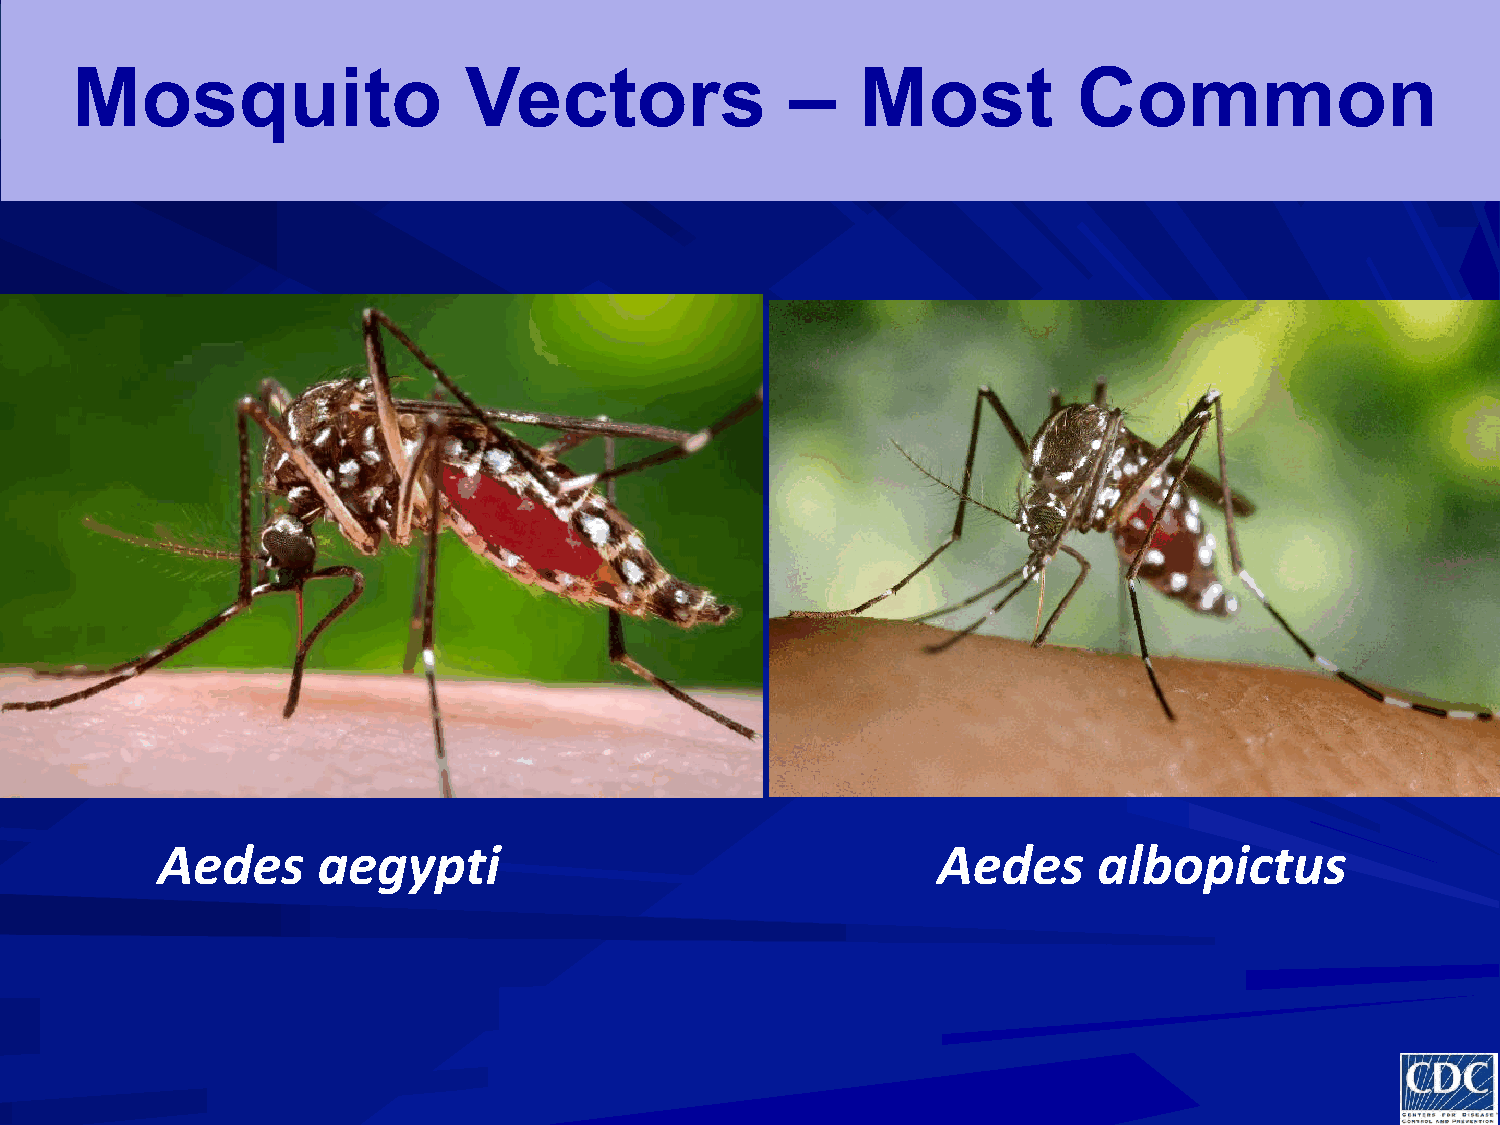
Mosquito                  Vectors              –    Most          Common
 Aedes      aegypti                                  Aedes      albopictus